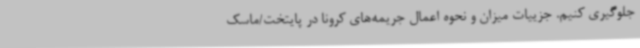
جلوگیری کنیم. جزییات میزان و نحوه اعمال جریمه‌های کرونا در پایتخت/ماسک